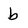
Character: b